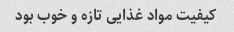
کیفیت مواد غذایی تازه و خوب بود